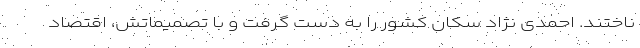
ناختند. احمدی نژاد سکان کشور را به دست گرفت و با تصمیماتش، اقتصاد